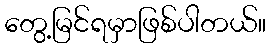
တွေ့မြင်ရမှာဖြစ်ပါတယ်။